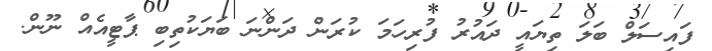
ފައިސަލް ބަލަ ތިޔައީ ދައުރު ފުރިހަމަ ކުރަން ދަންނަ ބަޔަކުތިބި ޕާޓީއެއް ނޫން.